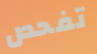
تفحص